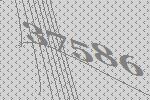
37586